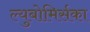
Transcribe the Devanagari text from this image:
ल्युबोमिर्सका